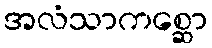
အလံသာကစ္ဆော